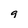
Character: g